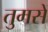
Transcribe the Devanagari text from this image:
तुमसें